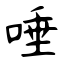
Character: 唾